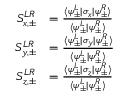
\begin{array} { r l } { S _ { x , \pm } ^ { L R } } & { = \frac { \langle \psi _ { \pm } ^ { L } | \sigma _ { x } | \psi _ { \pm } ^ { R } \rangle } { \langle \psi _ { \pm } ^ { L } | \psi _ { \pm } ^ { R } \rangle } } \\ { S _ { y , \pm } ^ { L R } } & { = \frac { \langle \psi _ { \pm } ^ { L } | \sigma _ { y } | \psi _ { \pm } ^ { R } \rangle } { \langle \psi _ { \pm } ^ { L } | \psi _ { \pm } ^ { R } \rangle } } \\ { S _ { z , \pm } ^ { L R } } & { = \frac { \langle \psi _ { \pm } ^ { L } | \sigma _ { z } | \psi _ { \pm } ^ { R } \rangle } { \langle \psi _ { \pm } ^ { L } | \psi _ { \pm } ^ { R } \rangle } } \end{array}